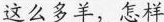
这么多羊，怎样